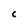
Character: c